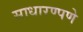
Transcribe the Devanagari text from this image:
साधारण्पणे